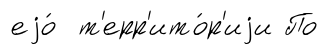
еjо́ т'ерр'ито́р'иjи По